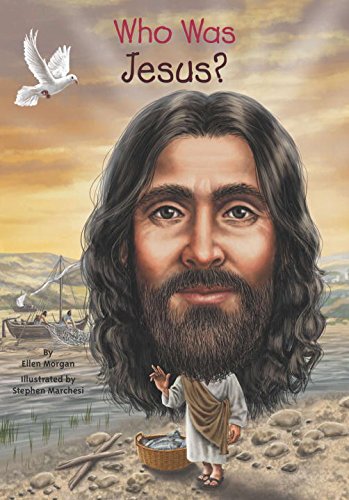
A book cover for Who Was Jesus?; Ellen Morgan; Christian Books & Bibles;